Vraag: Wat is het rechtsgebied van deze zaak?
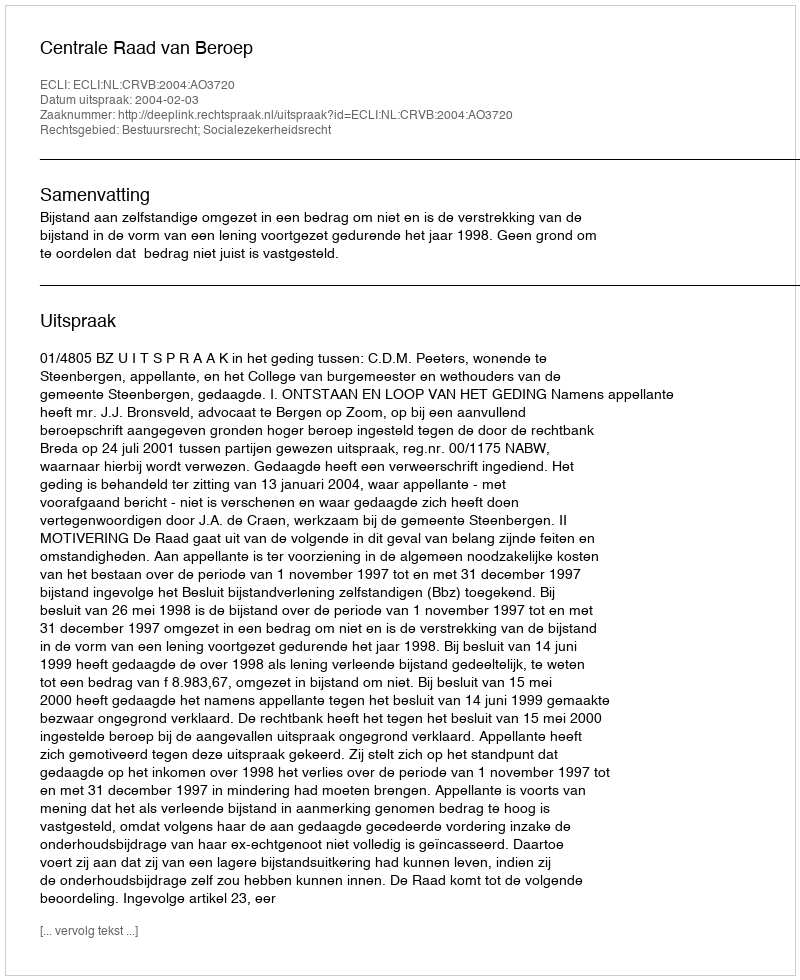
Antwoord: Bestuursrecht; Socialezekerheidsrecht